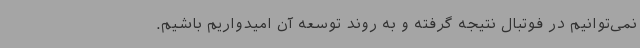
نمی‌توانیم در فوتبال نتیجه گرفته و به روند توسعه آن امیدواریم باشیم.